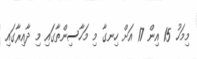
މިމަހު 15 އިން 17 އަށް ހިނގާ މި މަހާސިންތާގައި މި ދާއިރާގައި